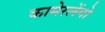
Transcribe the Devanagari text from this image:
कामेरलेंगो